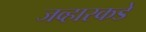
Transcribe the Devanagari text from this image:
जव्हारकडे